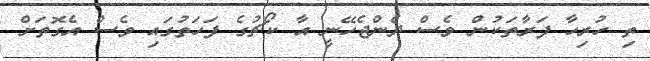
ތި ހުރިހާ ފަރާތަކުން ވެސް ދެންޖެހޭނީ އާ ކޯޗުގެ ފަހަތުގައި ވެސް އެގޮތަށް